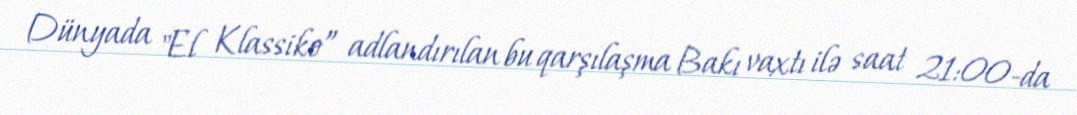
Dünyada "El Klassiko” adlandırılan bu qarşılaşma Bakı vaxtı ilə saat 21:00-da